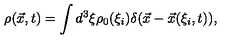
\rho ( \vec { x } , t ) = \int d ^ { 3 } \xi \rho _ { 0 } ( \xi _ { i } ) \delta ( \vec { x } - \vec { x } ( \xi _ { i } , t ) ) ,